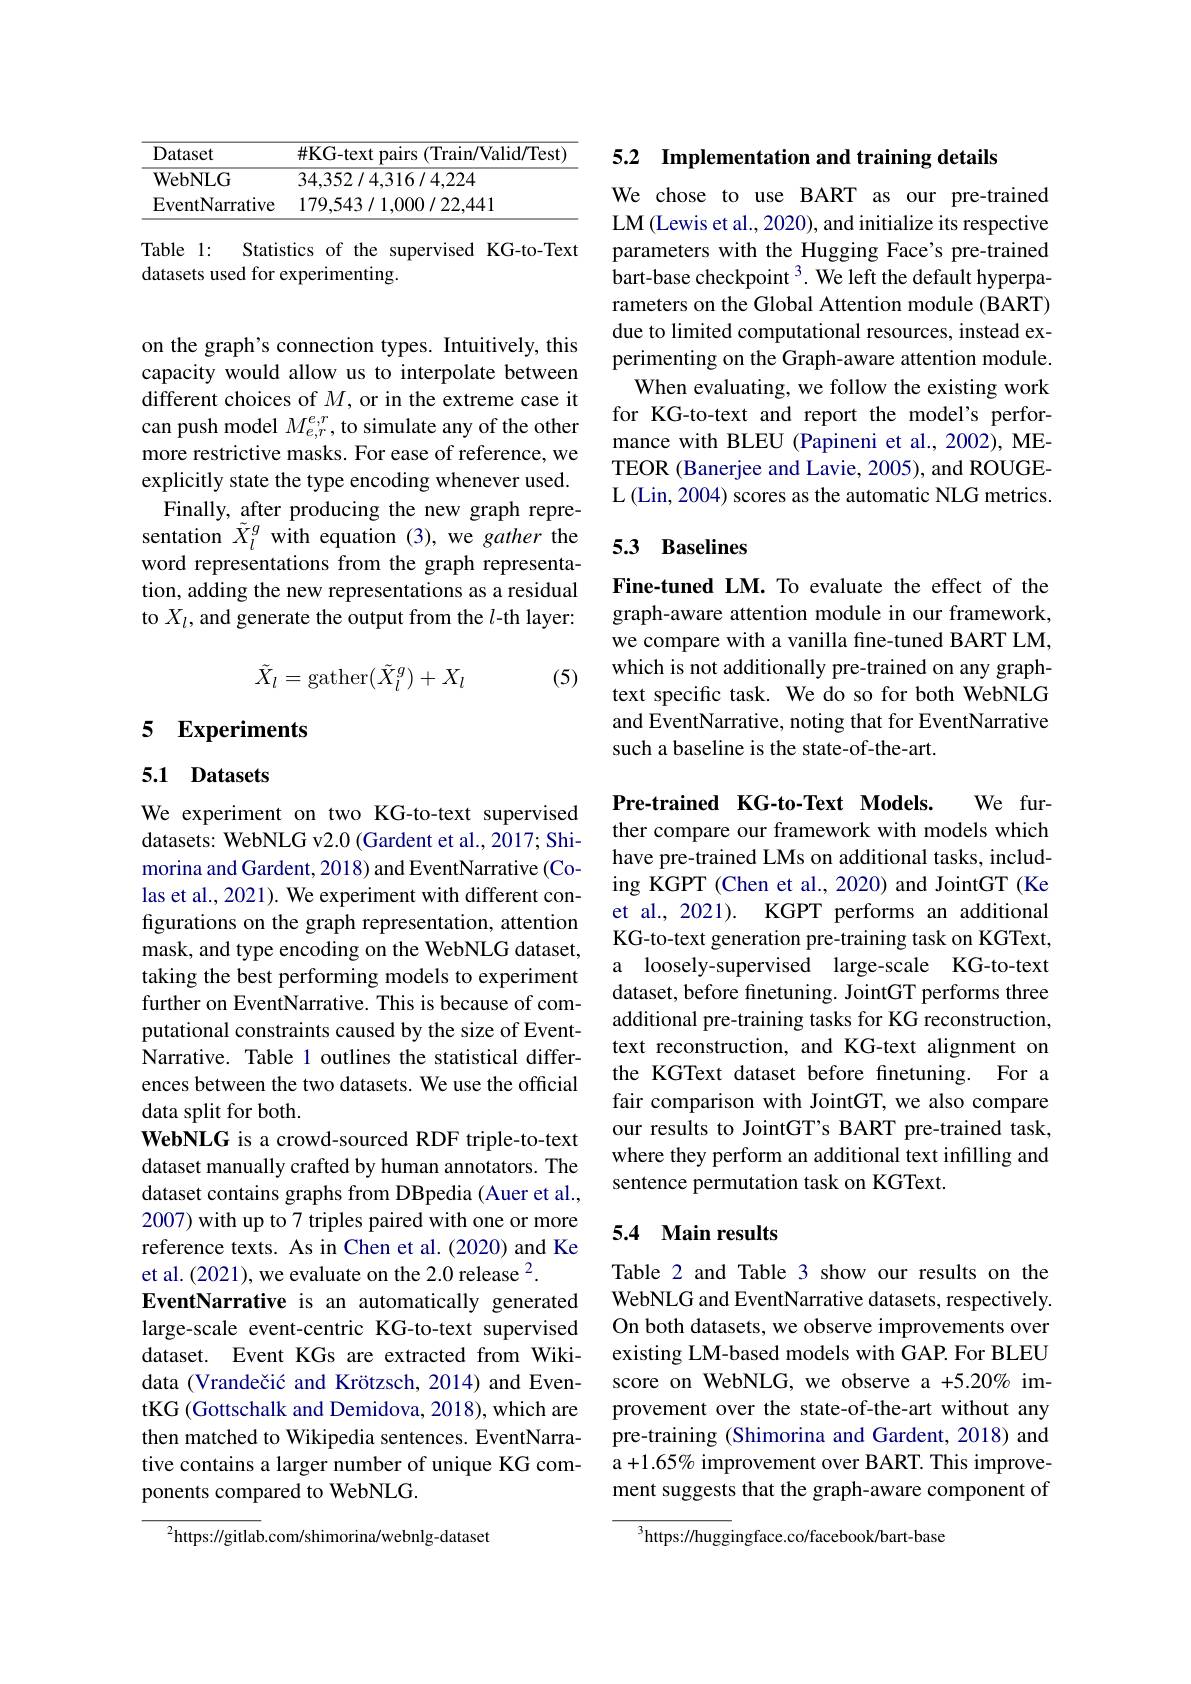
<table>
	<tbody>
		<tr>
			<th>Dataset</th>
			<th>$\#$KG-text pairs (Train/Valid/Test)</th>
		</tr>
		<tr>
			<td>$\mathbf{WebNLG}$</td>
			<td>34,352/4,316/4,224</td>
		</tr>
		<tr>
			<td>EventNarrative</td>
			<td>179.543/1.000/22.441</td>
		</tr>
	</tbody>
</table>

Statistics of the supervised KG-to-Text
Table 1:
datasets used for experimenting.

on the graph's connection types. Intuitively, this capacity would allow us to interpolate between different choices of $M$, or in the extreme case it can push model $M_{e,r}^{e,r}$, to simulate any of the other more restrictive masks. For ease of reference, we explicitly state the type encoding whenever used. Finally, after producing the new graph repre-
sentation $\tilde{X}_l^g$ with equation (3), we gather the word representations from the graph representation, adding the new representations as a residual to $X_l$, and generate the output from the $l$-th layer:
$$\tilde{X}_l=\mathrm{gather}(\tilde{X}_l^g)+X_l$$
(5)

# 5 Experiments

## 5.1 Datasets

We experiment on two KG-to-text supervised datasets: WebNLG v2.0 (Gardent et al., 2017; Shimorina and Gardent, 2018) and EventNarrative (Colas et al., 2021). We experiment with different configurations on the graph representation, attention mask, and type encoding on the WebNLG dataset, taking the best performing models to experiment further on EventNarrative. This is because of computational constraints caused by the size of EventNarrative. Table 1 outlines the statistical differences between the two datasets. We use the official data split for both.
WebNLG is a crowd-sourced RDF triple-to-text dataset manually crafted by human annotators. The dataset contains graphs from DBpedia (Auer et al., 2007) with up to 7 triples paired with one or more reference texts. As in Chen et al.(2020) and Ke et al.(2021), we evaluate on the 2.0 release $^{2}.$
EventNarrative is an automatically generated large-scale event-centric KG-to-text supervised dataset. Event KGs are extracted from Wikidata (Vrandečić and Krötzsch, 2014) and EventKG (Gottschalk and Demidova, 2018), which are then matched to Wikipedia sentences. EventNarrative contains a larger number of unique KG components compared to WebNLG.

$^{2}$https://gitlab.com/shimorina/webnlg-dataset

5.2 Implementation and training details

We chose to use BART as our pre-trained LM (Lewis et al., 2020), and initialize its respective parameters with the Hugging Face's pre-trained bart-base checkpoint $^3.$ We left the default hyperparameters on the Global Attention module (BART) due to limited computational resources, instead experimenting on the Graph-aware attention module. When evaluating, we follow the existing work for KG-to-text and report the model's performance with BLEU (Papineni et al., 2002), METEOR (Banerjee and Lavie, 2005), and ROUGEL (Lin, 2004) scores as the automatic NLG metrics.

## 5.3 Baselines

Fine-tuned LM. To evaluate the effect of the graph-aware attention module in our framework, we compare with a vanilla fine-tuned BART LM, which is not additionally pre-trained on any graphtext specific task. We do so for both WebNLG and EventNarrative, noting that for EventNarrative such a baseline is the state-of-the-art.

Pre-trained KG-to-Text Models. We further compare our framework with models which have pre-trained LMs on additional tasks, including KGPT (Chen et al., 2020) and JointGT (Ke et al., 2021). KGPT performs an additional KG-to-text generation pre-training task on KGText, a loosely-supervised large-scale KG-to-text dataset, before finetuning. JointGT performs three additional pre-training tasks for KG reconstruction, text reconstruction, and KG-text alignment on the KGText dataset before fnetuning. For a fair comparison with JointGT, we also compare our results to JointGT's BART pre-trained task, where they perform an additional text infilling and sentence permutation task on KGText.

## 5.4 Main results

Table 2 and Table 3 show our results on the WebNLG and EventNarrative datasets, respectively. On both datasets, we observe improvements over existing LM-based models with GAP. For BLEU score on WebNLG, we observe a +5.20% improvement over the state-of-the-art without any pre-training (Shimorina and Gardent, 2018) and a+1.65% improvement over BART. This improvement suggests that the graph-aware component of

$^{3}$https://huggingface.co/facebook/bart-base